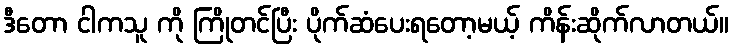
ဒီတော ငါကသူ ကို ကြိုတင်ပြီး ပိုက်ဆံပေးရတော့မယ့် ကိန်းဆိုက်လာတယ်။